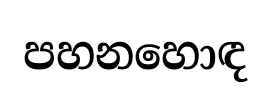
පහනහොඳ